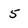
Character: 5